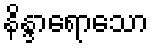
နိန္ဒာရောသော